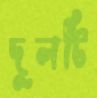
দুলটি